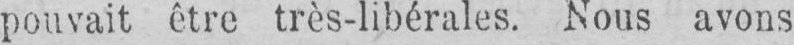
pouvait être très-libérales. Nous avons